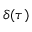
\delta ( \tau )